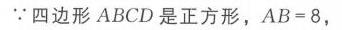
\(\because\)四边形\(ABCD\)是正方形，\(AB = 8\)，